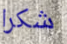
شكرا